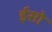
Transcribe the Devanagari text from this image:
ईसो